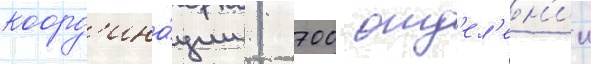
коорд'ина́ции 1 700 отд'ел'ен'ии